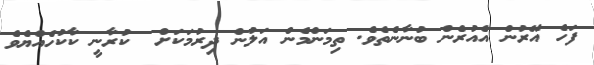
ފަހެ އޭރުން އެއުރެން ބުނާނެތެވެ. ތިމަންމެން އަލުން ދިރުމަކަށް  ކުރާނީ ކާކުހެއްޔެވެ